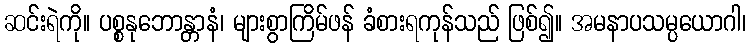
ဆင်းရဲကို။ ပစ္စနုဘောန္တာနံ၊ များစွာကြိမ်ဖန် ခံစားရကုန်သည် ဖြစ်၍။ အမနာပသမ္ပယောဂါ၊